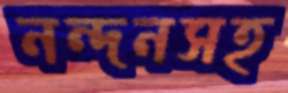
নন্দনসহ